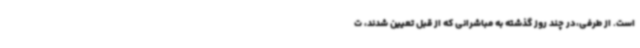
است. از طرفی،در چند روز گذشته به مباشرانی که از قبل تعیین شدند، ت